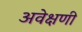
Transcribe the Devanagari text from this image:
अवेक्षणी